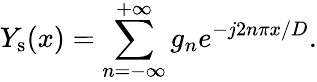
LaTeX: Y_{\mathrm{s}}(x)=\sum_{n=-\infty}^{+\infty}g_{n}e^{-j2n\pi x/D}.